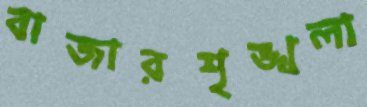
বাজারশৃঙ্খলা